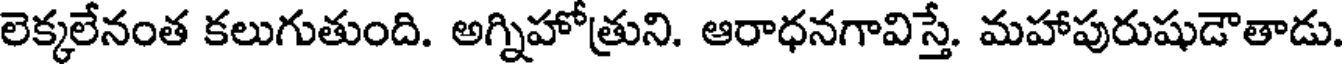
లెక్కలేనంత కలుగుతుంది. అగ్నిహోత్రుని. ఆరాధనగావిస్తే. మహాపురుషుడౌతాడు.